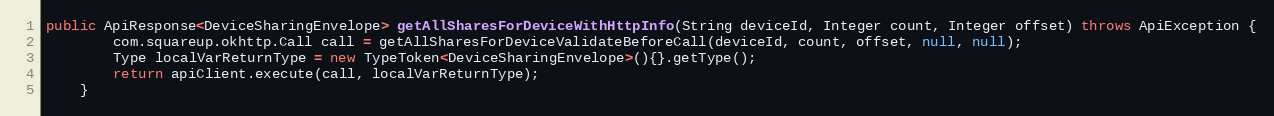
Language: Java
public ApiResponse<DeviceSharingEnvelope> getAllSharesForDeviceWithHttpInfo(String deviceId, Integer count, Integer offset) throws ApiException {
        com.squareup.okhttp.Call call = getAllSharesForDeviceValidateBeforeCall(deviceId, count, offset, null, null);
        Type localVarReturnType = new TypeToken<DeviceSharingEnvelope>(){}.getType();
        return apiClient.execute(call, localVarReturnType);
    }